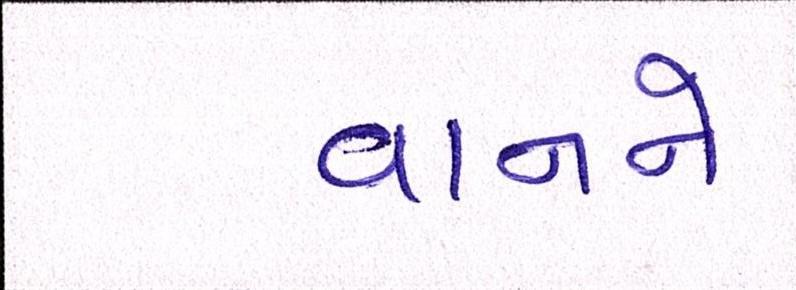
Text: વાનને